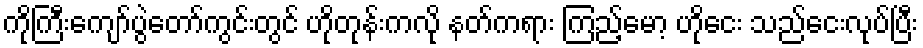
ကိုကြီးကျော်ပွဲတော်ကွင်းတွင် ဟိုတုန်းကလို နတ်ကရား ကြည့်မော့ ဟိုငေး သည်ငေးလုပ်ပြီး